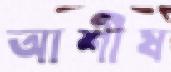
আশীষ